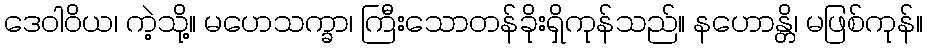
ဒေဝါဝိယ၊ ကဲ့သို့။ မဟေသက္ခာ၊ ကြီးသောတန်ခိုးရှိကုန်သည်။ နဟောန္တိ၊ မဖြစ်ကုန်။